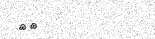
٤٧